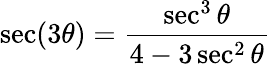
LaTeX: \sec(3\theta)={\frac{\sec^{3}\theta}{4-3\sec^{2}\theta}}